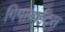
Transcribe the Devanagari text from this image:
गिगाबाईट्स